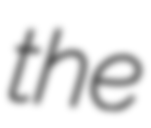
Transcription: the